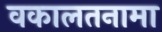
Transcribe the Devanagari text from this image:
वकालतनामा